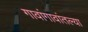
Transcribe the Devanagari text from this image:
गावांगावांतल्या